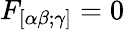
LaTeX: F_{[\alpha\beta;\gamma]}=0